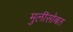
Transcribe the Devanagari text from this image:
मुलींसोबत